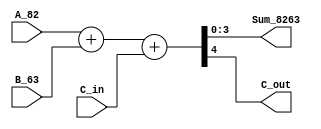
module adder_4b (
	input [3:0] A_82, B_63,
	input C_in,
	output [3:0] Sum_8263,
	output C_out
);
	
	assign {C_out, Sum_8263} = A_82 + B_63 + C_in;

endmodule